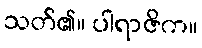
သတ်၏။ ပါရာဇိက။